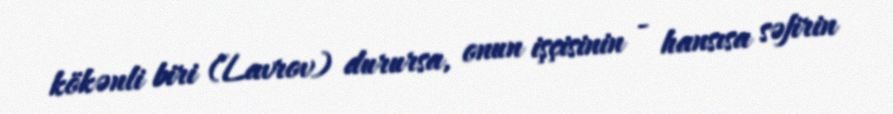
kökənli biri (Lavrov) durursa, onun işçisinin - hansısa səfirin